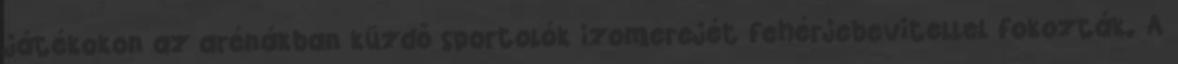
játékokon az arénákban küzdő sportolók izomerejét fehérjebevitellel fokozták. A